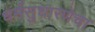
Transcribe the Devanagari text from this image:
धर्मसुधारणेचा